Lunatic asylums Madras 1892-1911 - 1892-1911
Year: 1892
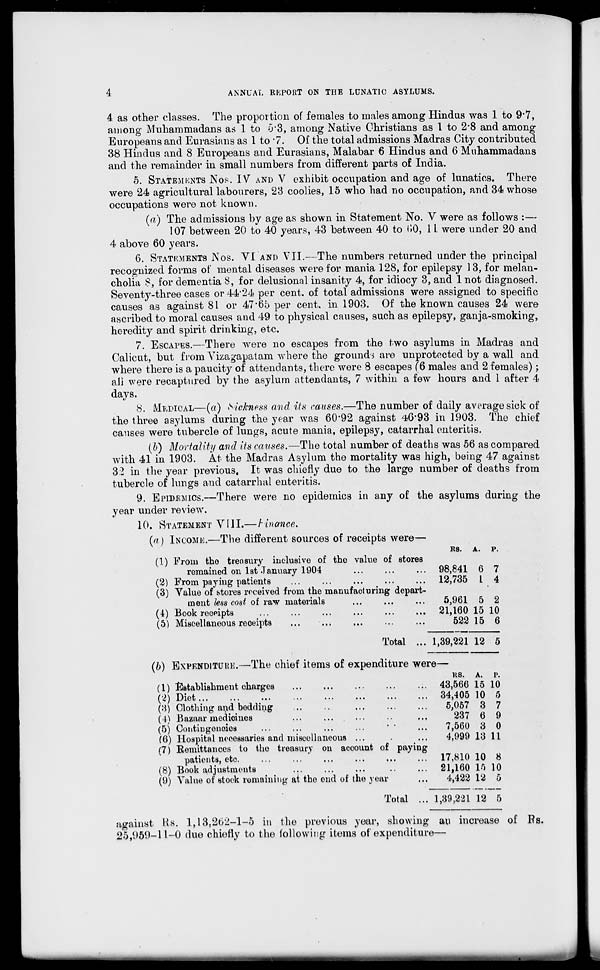
ANNUAL REPORT ON THE LUNATIC ASYLUMS.
4 as other classes. The proportion of females to males among Hindus was 1 to 9*7,
among Muhammadans as 1 to 5*3, among Native Christians as 1 to 2'8 and among
Europeans and Eurasians as 1 to • 7. Of the total admissions Madras City contributed
38 Hindus and 8 Europeans and Eurasians, Malabar 6 Hindus and 6 Muhammadans
and the remainder in small numbers from different parts of India.
5. STATEMENTS NOS. IV AND V exhibit occupation and age of lunatics. There
were 24 agricultural labourers, 23 coolies, 15 who had no occupation, and 34 whose
occupations were not known.
(a) The admissions by age as shown in Statement No. V were as follows :—
107 between 20 to 40 years, 43 between 40 to 00, 1L were under 20 and
4 above 60 years.
6. STATEMENTS NOS. VI AND VII.—The numbers returned under the principal
recognized forms of mental diseases were for mania 128, for epilepsy 13, for melan-
cholia 8, for dementia 8, for delusional insanity 4, for idiocy 3, and 1 not diagnosed.
Seventy-three cases or 44*24 per cent, of total admissions were assigned to specific
causes as against 81 or 47"65 per cent, in 1903. Of the known causes 24 were
ascribed to moral causes and 49 to physical causes, such as epilepsy, ganja-smoking,
heredity and spirit drinking, etc.
7. ESCAPES.—There were no escapes from the two asylums in Madras and
Calicut, but from Vizag-apatam where the grounds are unprotected by a wall and
where there is a paucity of attendants, there were 8 escapes (6 males and 2 females);
all were recaptured by the asylum attendants, 7 within a few hours and 1 after 4
days.
8. MEDICAL—(a) Sickness and its causes.—The number of daily average siek of
the three asylums during the year was 60*92 against 46*93 in 1903. The chief
causes were tubercle of lungs, acute mania, epilepsy, catarrhal enteritis.
(b) Mortality and Us causes.—The total number of deaths was 56 as compared
with 41 in 1903. At the Madras Asylum the mortality was high, being 47 against
3:2 in the year previous. It was chiefly due to the large number of deaths from
tubercle of lungs and catarrhal enteritis.
9. EPIDEMICS.—There were no epidemics in any of the asylums during the
year under review.
10. STATEMENT VIII.—tinanoe,
(a) INCOME.—The different sources of receipts were—
(1) From tho treasury inclusive of the value of stores
remained on 1st January 1904
(2) From paying patients
...
...
(3) Value of stores received from the manufacturing depart-
ment less cost of raw materials
(4) Book receipts
(5) Miscellaneous receipts
Total ...
E8.
A.
98,841
12,735
6
I
7
4
5,961 5 2
21,160 15 10
522 15 6
1,39,221 12 5
(b) EXPENDITURE.—The chief items of expenditure were—
its. A. P
(1) Establishment charges
43,566 15 10
(•)\ T)i e t
I ^ I
A-/ Us U.«t
...
|||
*••
••■
■••
««.
*(.
(3) Clothing and bedding
(I) Bazaar medicines
(5) Contingencies
(6) Hospital necessaries and miscellaneous ...
(7) Remittances to the treasury on account of paying
patients, etc.
(8) Book adjustments
(9) Value 01 stock remaining a t tho end of the year
34,405 10 5
5,057 3 7
237 6 9
7,560 3 0
4,999 13 11
17,810 10 8
21,160 15 10
4,422 12 5
Total ... 1,39,221 12 5
against Ks. 1,18,262-1-5 in the previous year, showing au increase of Fs.
25/.)59-ll-0 due chiefly to the following items of expenditure—